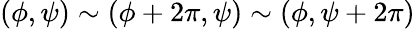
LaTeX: (\phi,\psi)\sim(\phi+2\pi,\psi)\sim(\phi,\psi+2\pi)\,